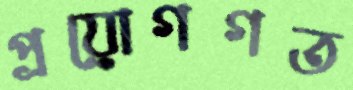
প্রয়োগগত